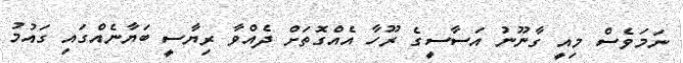
ނަމަވެސް މިިއީ ގާނޫނު އަސާސީގެ ރޫހާ އެއްގޮތަށް ދެއްވާ ރިޔާސީ ބަޔާނެއްގައި ގައުމު